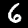
Digit: 6